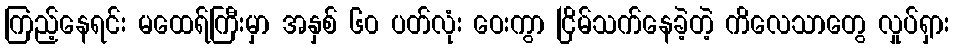
ကြည့်နေရင်း မထေရ်ကြီးမှာ အနှစ် ၆၀ ပတ်လုံး ဝေးကွာ ငြိမ်သက်နေခဲ့တဲ့ ကိလေသာတွေ လှုပ်ရှား